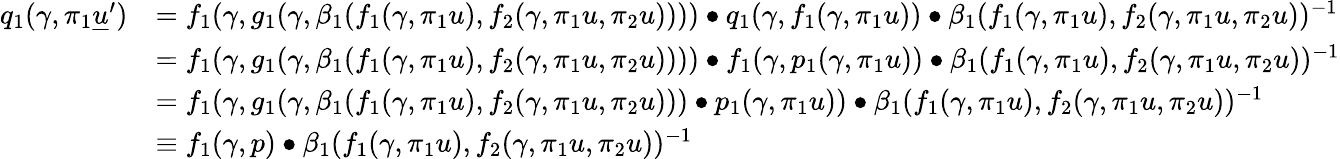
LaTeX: \begin{array}{rl}{q_{1}(\gamma,\pi_{1}\underline{{u}}^{\prime})}&{=f_{1}(\gamma,g_{1}(\gamma,\beta_{1}(f_{1}(\gamma,\pi_{1}u),f_{2}(\gamma,\pi_{1}u,\pi_{2}u))))\bullet q_{1}(\gamma,f_{1}(\gamma,\pi_{1}u))\bullet\beta_{1}(f_{1}(\gamma,\pi_{1}u),f_{2}(\gamma,\pi_{1}u,\pi_{2}u))^{-1}}\\ &{=f_{1}(\gamma,g_{1}(\gamma,\beta_{1}(f_{1}(\gamma,\pi_{1}u),f_{2}(\gamma,\pi_{1}u,\pi_{2}u))))\bullet f_{1}(\gamma,p_{1}(\gamma,\pi_{1}u))\bullet\beta_{1}(f_{1}(\gamma,\pi_{1}u),f_{2}(\gamma,\pi_{1}u,\pi_{2}u))^{-1}}\\ &{=f_{1}(\gamma,g_{1}(\gamma,\beta_{1}(f_{1}(\gamma,\pi_{1}u),f_{2}(\gamma,\pi_{1}u,\pi_{2}u)))\bullet p_{1}(\gamma,\pi_{1}u))\bullet\beta_{1}(f_{1}(\gamma,\pi_{1}u),f_{2}(\gamma,\pi_{1}u,\pi_{2}u))^{-1}}\\ &{\equiv f_{1}(\gamma,p)\bullet\beta_{1}(f_{1}(\gamma,\pi_{1}u),f_{2}(\gamma,\pi_{1}u,\pi_{2}u))^{-1}}\end{array}